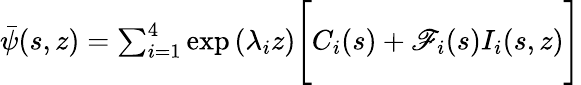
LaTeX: \begin{array}{r}{\bar{\psi}(s,z)=\sum_{i=1}^{4}\exp{(\lambda_{i}z)}\Bigg[C_{i}(s)+\mathscr{F}_{i}(s)I_{i}(s,z)\Bigg]}\end{array}